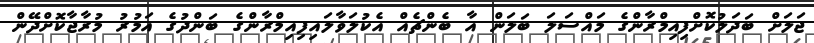
ޖަލަށް ބަދަލުކޮށްފިއިމްރާންގެ މައްސަލަ ބަލަން އާ ބެންޗެއް އެކުލަވާލައިފިއިމްރާންގެ ބަންދުގެ އަމުރު މުރާޖާކޮށްދޭން